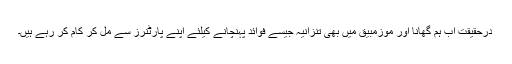
درحقیقت اب ہم گھانا اور موزمبیق میں بھی تنزانیہ جیسے فوائد پہنچانے کیلئے اپنے پارٹنرز سے مل کر کام کر رہے ہیں۔